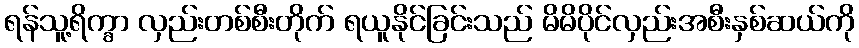
ရန်သူ့ရိက္ခာ လှည်းတစ်စီးတိုက် ရယူနိုင်ခြင်းသည် မိမိပိုင်လှည်းအစီးနှစ်ဆယ်ကို